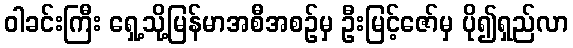
ဝါခင်းကြီး ရှေ့သို့မြန်မာအစီအစဉ်မှ ဦးမြင့်ဇော်မှ ပို၍ရှည်လာ